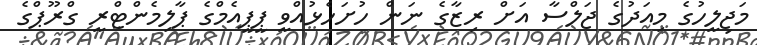
މަޖިލީހުގެ މިއަދުގެ ޖަލްސާ އަށް ރިޒާގެ ނަން ހުށަހެޅުއްވީ ޕީޕީއެމްގެ ޕާލިމެންޓްރީ ގްރޫޕްގެ